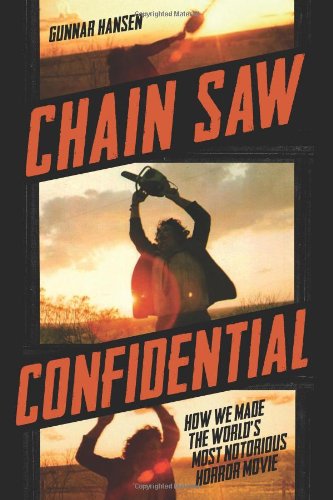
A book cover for Chain Saw Confidential: How We Made the World's Most Notorious Horror Movie; Gunnar Hansen; Humor & Entertainment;